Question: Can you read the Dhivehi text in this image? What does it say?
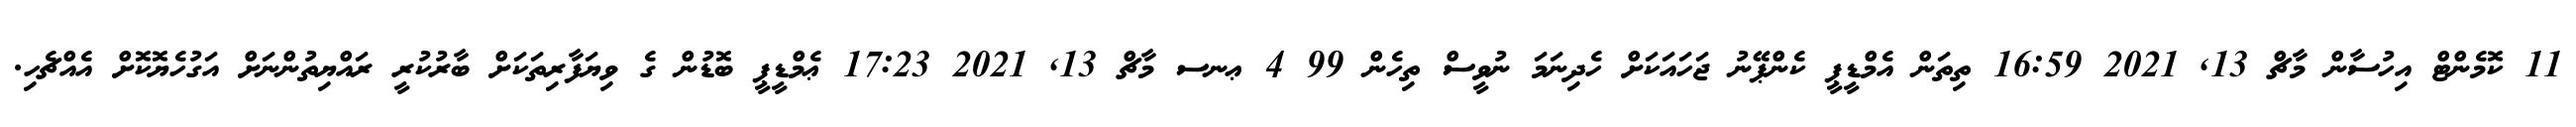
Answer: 11 ކޮމެންޓް އިހުސާން މާޗް 13, 2021 16:59 ތިތަން އެމްޑީޕީ ކެންޕޭނު ޖަހައަކަށް ހެދިނަމަ ނުވީސް ތިހެން 99 4 ޢނސ މާޗް 13, 2021 17:23 ޢެމްޑީޕީ ބޮޑުން ގެ ވިޔަފާރިތަކަށް ބާރުކުރީ ރައްޔިތުންނަށް އަގުހެޔޮކޮށް އެއްޗެހި.